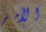
الأمر